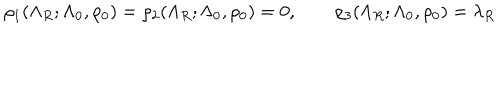
LaTeX: \rho _ { 1 } ( \Lambda _ { R } ; \Lambda _ { 0 } , \rho _ { 0 } ) = \rho _ { 2 } ( \Lambda _ { R } ; \Lambda _ { 0 } , \rho _ { 0 } ) = 0 , \qquad \rho _ { 3 } ( \Lambda _ { R } ; \Lambda _ { 0 } , \rho _ { 0 } ) = \lambda _ { R }